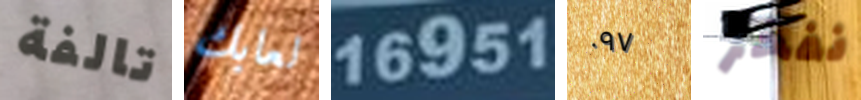
تالفة لعابك 16951 ٠٩٧ نفخر